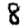
Digit: 8